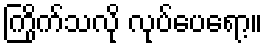
ကြိုက်သလို လုပ်ပေရော့။